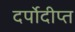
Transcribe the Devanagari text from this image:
दर्पोदीप्त